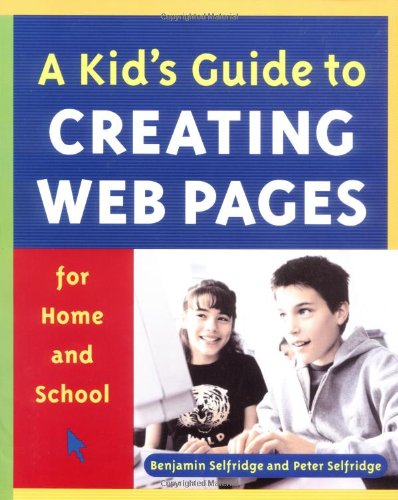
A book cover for A Kid's Guide to Creating Web Pages for Home and School; Benjamin Selfridge; Children's Books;